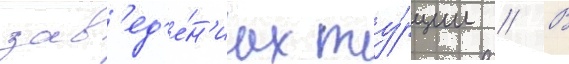
зав'ед'е́н'иах ту́рции // В